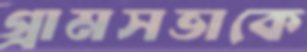
গ্রামসভাকে